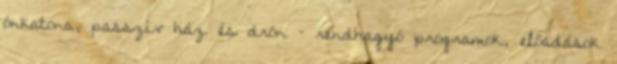
ónkatona, passzív ház és drón – rendhagyó programok, előadások